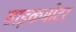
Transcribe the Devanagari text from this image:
साइकमोटर